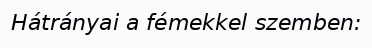
Hátrányai a fémekkel szemben: